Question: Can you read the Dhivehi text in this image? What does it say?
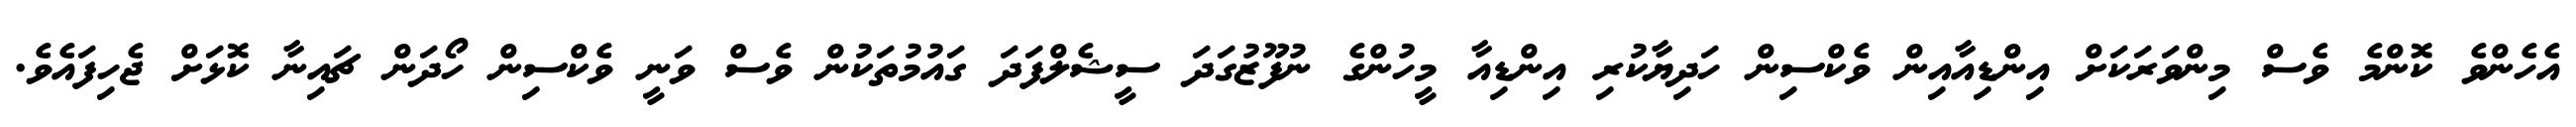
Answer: އެހެންވެ ކޮންމެ ވެސް މިންވަރަކަށް އިންޑިއާއިން ވެކްސިން ހަދިޔާކުރި އިންޑިއާ މީހުންގެ ނުފޫޒުގަދަ ސީޝެލްފަދަ ގައުމުތަކުން ވެސް ވަނީ ވެކްސިން ހޯދަން ޗައިނާ ކޮޅަށް ޖެހިފައެވެ.